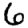
Digit: 6